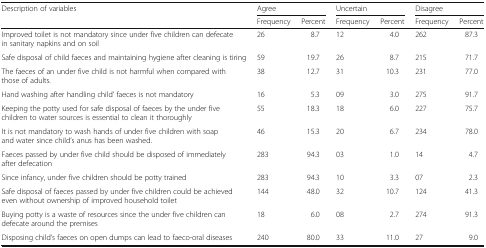
<table><thead><tr><td rowspan="2"><b>Description of variables</b></td><td colspan="2"><b>Agree</b></td><td colspan="2"><b>Uncertain</b></td><td colspan="2"><b>Disagree</b></td></tr><tr><td><b>Frequency</b></td><td><b>Percent</b></td><td><b>Frequency</b></td><td><b>Percent</b></td><td><b>Frequency</b></td><td><b>Percent</b></td></tr></thead><tbody><tr><td>Improved toilet is not mandatory since under five children can defecate in sanitary napkins and on soil</td><td>26</td><td>8.7</td><td>12</td><td>4.0</td><td>262</td><td>87.3</td></tr><tr><td>Safe disposal of child faeces and maintaining hygiene after cleaning is tiring</td><td>59</td><td>19.7</td><td>26</td><td>8.7</td><td>215</td><td>71.7</td></tr><tr><td>The faeces of an under five child is not harmful when compared with those of adults.</td><td>38</td><td>12.7</td><td>31</td><td>10.3</td><td>231</td><td>77.0</td></tr><tr><td>Hand washing after handling child’ faeces is not mandatory</td><td>16</td><td>5.3</td><td>09</td><td>3.0</td><td>275</td><td>91.7</td></tr><tr><td>Keeping the potty used for safe disposal of faeces by the under five children to water sources is essential to clean it thoroughly</td><td>55</td><td>18.3</td><td>18</td><td>6.0</td><td>227</td><td>75.7</td></tr><tr><td>It is not mandatory to wash hands of under five children with soap and water since child’s anus has been washed.</td><td>46</td><td>15.3</td><td>20</td><td>6.7</td><td>234</td><td>78.0</td></tr><tr><td>Faeces passed by under five child should be disposed of immediately after defecation</td><td>283</td><td>94.3</td><td>03</td><td>1.0</td><td>14</td><td>4.7</td></tr><tr><td>Since infancy, under five children should be potty trained</td><td>283</td><td>94.3</td><td>10</td><td>3.3</td><td>07</td><td>2.3</td></tr><tr><td>Safe disposal of faeces passed by under five children could be achieved even without ownership of improved household toilet</td><td>144</td><td>48.0</td><td>32</td><td>10.7</td><td>124</td><td>41.3</td></tr><tr><td>Buying potty is a waste of resources since the under five children can defecate around the premises</td><td>18</td><td>6.0</td><td>08</td><td>2.7</td><td>274</td><td>91.3</td></tr><tr><td>Disposing child’s faeces on open dumps can lead to faeco-oral diseases</td><td>240</td><td>80.0</td><td>33</td><td>11.0</td><td>27</td><td>9.0</td></tr></tbody></table>